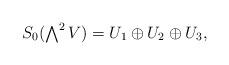
LaTeX: \begin{align*} \textstyle S_0(\bigwedge^2 V)=U_1\oplus U_2\oplus U_3,\end{align*}